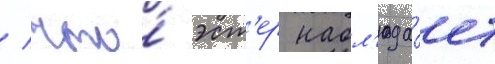
/ что́ эст'ер набл'юда́ет